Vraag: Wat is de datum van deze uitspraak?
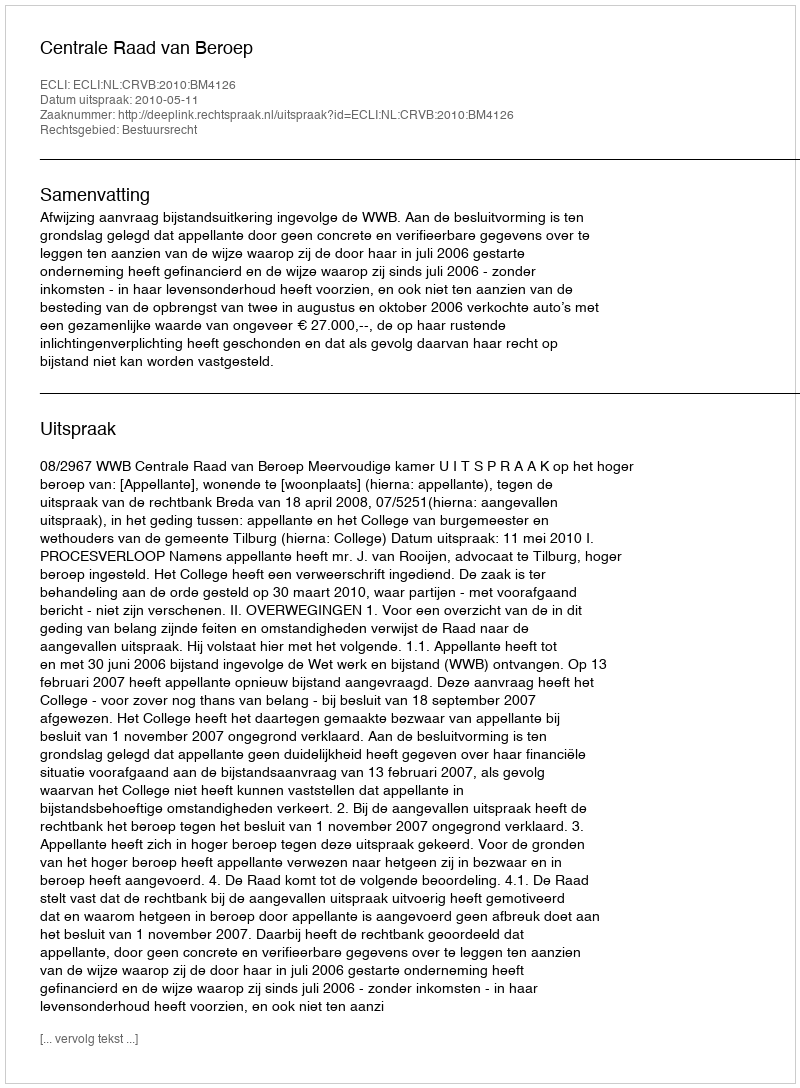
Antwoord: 2010-05-11